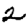
Digit: 2